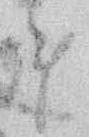
ま